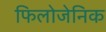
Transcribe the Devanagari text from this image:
फिलोजेनिक